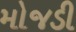
મોજડી